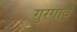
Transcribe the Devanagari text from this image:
गुरगावं